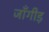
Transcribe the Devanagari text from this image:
जाँगीड़